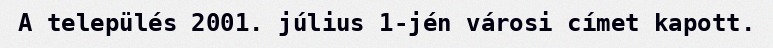
A település 2001. július 1-jén városi címet kapott.